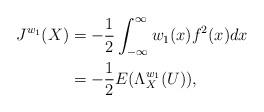
LaTeX: \begin{align*}J^{w_1}(X)&=-\frac{1}{2} \int_{-\infty}^{\infty}w_1(x) f^2(x)dx\\&=-\frac{1}{2}E(\Lambda_X^{w_1}(U)),\end{align*}